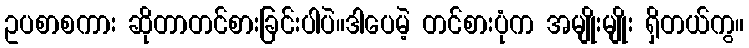
ဥပစာစကား ဆိုတာတင်စားခြင်းပါပဲ။ဒါပေမဲ့ တင်စားပုံက အမျိုးမျိုး ရှိတယ်ကွ။